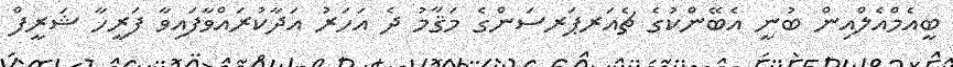
ބީއެމްއެލްއިން ބުނީ އެބޭންކުގެ ޗެއަރޕަރސަންގެ މަޤާމު ދެ އަހަރު އަދާކުރައްވާފައިވާ ފަރީހާ ޝަރީފް